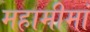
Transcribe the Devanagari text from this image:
महामीमां